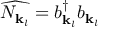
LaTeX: { \widehat { N _ { { \mathbf { k } } _ { l } } } } = b _ { { \mathbf { k } } _ { l } } ^ { \dagger } b _ { { \mathbf { k } } _ { l } }